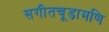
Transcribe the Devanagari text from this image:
सगीतचूड़ामणि